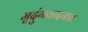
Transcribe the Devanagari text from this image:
मृदुंगवादनात